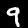
Digit: 9